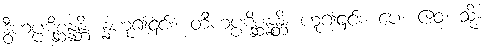
ဒွီဟပ္ပဋိစ္ဆန္နန္တိ၊ န္နံဟူ၍၎င်း။ တီဟပ္ပဋိစ္ဆန္နန္တိ၊ ဟူ၍၎င်း။ ပေ။ ဧဝံ၊ သို့။